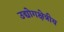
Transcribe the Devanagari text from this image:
उद्योगक्षेत्रीय